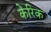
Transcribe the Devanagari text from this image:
केरिक